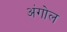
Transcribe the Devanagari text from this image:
अंगोल